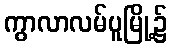
ကွာလာလမ်ပူမြို့၌